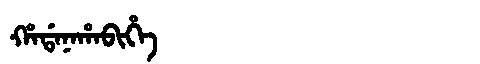
Manchu: ᡥᠠᡩᠠᠨᠠᡥᠠᠪᡳᡥᡝ
Romanization: HADANAHABIHE